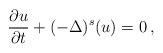
\begin{align*}\frac{\partial u}{\partial t}+(-\Delta)^{s}(u)=0\,,\end{align*}